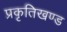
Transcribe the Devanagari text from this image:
प्रकृतिखण्ड